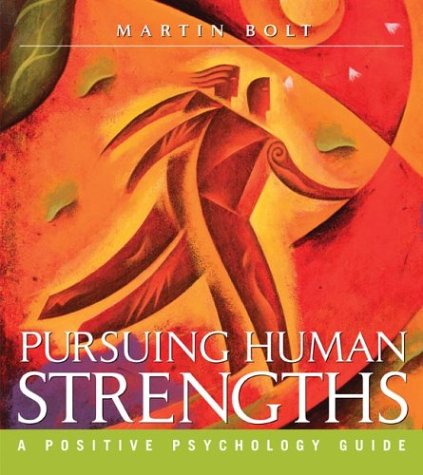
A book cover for Pursuing Human Strengths: A Positive Psychology Guide; Martin Bolt; Medical Books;